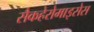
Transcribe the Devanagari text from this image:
सैकहेरोमाइसेस